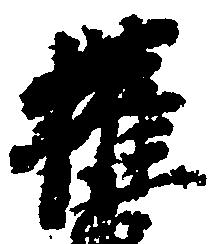
権